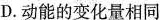
D.动能的变化量相同